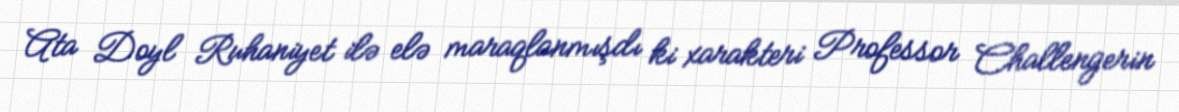
Ata Doyl Ruhaniyet ilə elə maraqlanmışdı ki xarakteri Professor Challengerin